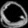
Digit: ၀